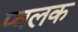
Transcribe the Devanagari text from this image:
प्वलक